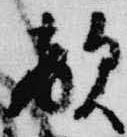
敵